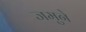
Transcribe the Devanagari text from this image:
जमुने